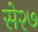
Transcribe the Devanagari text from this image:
से२७